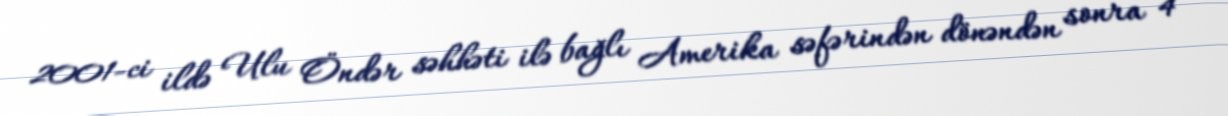
2001-ci ildə Ulu Öndər səhhəti ilə bağlı Amerika səfərindən dönəndən sonra 4